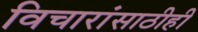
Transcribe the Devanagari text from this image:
विचारांसाठीही